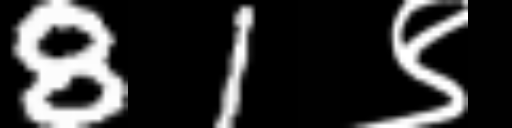
Text: 81९